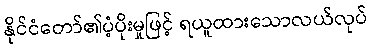
နိုင်ငံတော်၏ပံ့ပိုးမှုဖြင့် ရယူထားသောလယ်လုပ်